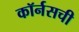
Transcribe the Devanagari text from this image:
कॉर्नसची